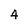
Character: 4